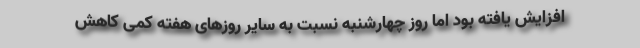
افزایش یافته بود اما روز چهارشنبه نسبت به سایر روزهای هفته کمی کاهش